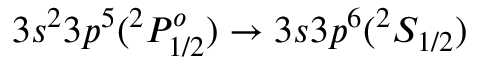
3 s ^ { 2 } 3 p ^ { 5 } ( ^ { 2 } P _ { 1 / 2 } ^ { o } ) \rightarrow 3 s 3 p ^ { 6 } ( ^ { 2 } S _ { 1 / 2 } )